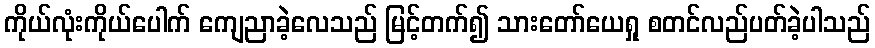
ကိုယ်လုံးကိုယ်ပေါက် ကျေညာခဲ့လေသည် မြင့်တက်၍ သားတော်ယေရှု စတင်လည်ပတ်ခဲ့ပါသည်